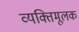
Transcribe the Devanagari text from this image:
व्यक्तिमूलक